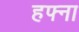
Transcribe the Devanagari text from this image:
हफ्ना